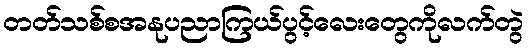
တတ်သစ်စအနုပညာကြယ်ပွင့်လေးတွေကိုလက်တွဲ